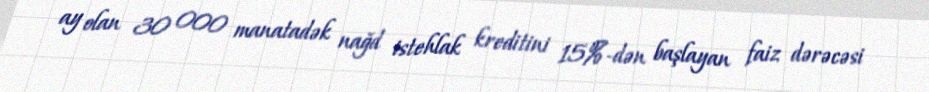
ay olan 30 000 manatadək nağd istehlak kreditini 15%-dən başlayan faiz dərəcəsi